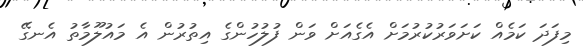
މިފަދަ ކަމެއް ކަށަވަރުކުރުމަށް އެގެއަށް ވަން ފުލުހުންގެ އިތުރުން އެ މައުލޫމާތު އެނގޭ